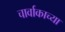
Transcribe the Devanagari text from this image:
चार्वाकाच्या